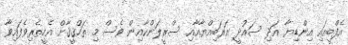
އެފްބީއައި އިންޑިޔާ އަދި ސައުދީ އަރަބިއްޔާއާއި ސްރީލަންކާއިން ވެސް މި ތަހްޤީޤާށް އެހީތެރިވެފައިވާ